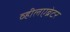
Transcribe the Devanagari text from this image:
व्हीलएब्रेटर